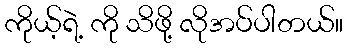
ကိုယ့်ရဲ့ ကို သိဖို့ လိုအပ်ပါတယ်။